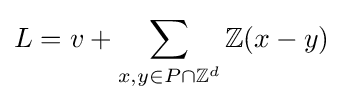
L=v+\sum _{x,y\in P\cap \mathbb {Z} ^{d}}\mathbb {Z} (x-y)